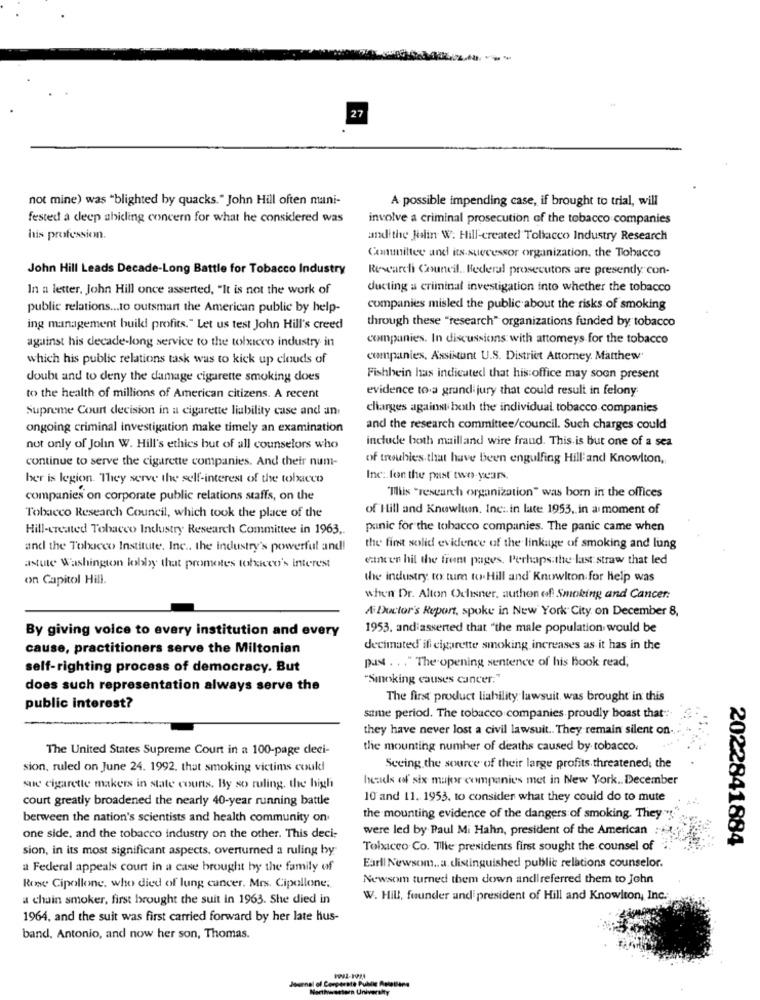
27
not mine) was "blighted by quacks." John Hill often mani-
A possible impending case, if brought to trial, will
fested a deep ahidling concern for what he considered was
involve a criminal prosecution of the tobacco companies
his profession.
andi the Nalin W. Hill-created Tollacco Industry Research
Committee and its successor organization. the Tobacco
John Hill Leads Decade-Long Battle for Tobacco Industry
Research Council .. Federal prosecutors are presenty con-
In a letter, John Hill once asserted, "It is not the work of
ducting a criminal investigation into whether the tobacco
public relations ... to outsmart the American public by help-
companies misled the public about the risks of smoking
through these "research" organizations funded by tobacco
ing management build profits." Let us test John Hill's creed
companies. In discussions with attorneys for the tobacco
against his decade-long service to the tolicco industry in
which his public relations task was to kick up clouds of
companies, Assistant U.S. District Attorney. Matthew
doubt and to deny the damage cigarette smoking does
Fishbein has indicated that his office may soon present
evidence to a grand jury that could result in felony
to the health of millions of American citizens. A recent
Supreme Court decision in a cigarette liability case and an
charges against both the individual tobacco companies
ongoing criminal investigation make timely an examination
and the research committee/council. Such charges could
include both mailland wire fraud. This is but one of a sea
not only of John W. Hill's ethics but of all counselors who
continue to serve the cigarette companies. And their num-
of troubles that have been engulfing Hill and Knowlton,
her is legion. They serve the self-interest of the toliceo
Inc. fon the past two years.
companies on corporate public relations staffs, on the
"This "research organization" was born in the offices
of Hill and Knowlton, Inc. in late 1953, in a moment of
Tobacco Research Council, which took the place of the
Hill-created Tobacco Industry Research Committee in 1963,
panic for the tobacco companies. The panic came when
and the Tolucco Institute. Inc ., the industry's powerful and!
the first solid evidence of the linkage of smoking and lung
cancen hil the frem pages. Perhaps the last straw that led
astute Washington lobby that promotes tobacco's interest
on Capitol Hill.
the industry, to tum to Hill and' Knowlton for help was
when Dr. Alton Ochsner, authon of: Smoking and Cancer:
A Doctor's Report, spoke in New York City on December 8,
By giving voice to every institution and every
1953, andiasserted that "the male population would be
cause, practitioners serve the Miltonian
decimated ifi cigarette smoking increases as it has in the
pust . .. " The opening sentence of his Book read,
self-righting process of democracy. But
"Smoking causes cancer."
does such representation always serve the
The first product liability lawsuit, was brought in this
public interest?
same period. The tobacco companies proudly boast that.".
they have never lost a civil lawsuit .. They remain silent on-
The United States Supreme Court in a 100-page deci-
the mounting number of deaths caused by tobacco.
sion, ruled on June 24. 1992. that smoking victims coukl
Seeing the source of their large profits threatened; the
heads of six major companies met in New York .. December
sue cigarette makers in state courts. By so ruling, the high
court greatly broadened the nearly 40-year running battle
10 and 11. 1953, to consider what they could do to mute
between the nation's scientists and health community on
the mounting evidence of the dangers of smoking. They "s"
were led by Paul Mi Hahn, president of the American : "
one side, and the tobacco industry on the other. This deci-
2022841884
sion, in its most significant aspects, overturned a ruling by
Tobacco Co. The presidents first sought the counsel of :"
a Federal appeals court in a case brought by the family of
Earll Newsom .. a distinguished public relations counselor.
Newsom turned them down andireferred them to John
Rose Cipollone, who died of lung cancer. Mrs. Cipollone;
a chain smoker, first brought the suit in 1963. She died in
W. Hill, founder and president of Hill and Knowlton, Inc .;
1964, and the suit was first carried forward by her late hus-
band. Antonio, and now her son, Thomas.
Journal of Corporate Public Astelline
Northwestern University